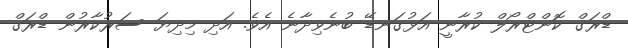
ޑްރަގް ކޮންޓްރޯލް ކުރާނީ އަޅުގަނޑޭ ބުނެވިދާނެ އެވެ. އަދި މިދިޔަ ސަރުކާރުން ޑްރަގް